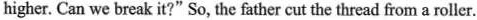
higher. Can we break it?" So, the father cut the thread from a roller.